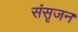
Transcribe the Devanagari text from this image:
संसृजन